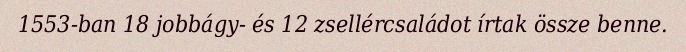
1553-ban 18 jobbágy- és 12 zsellércsaládot írtak össze benne.